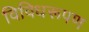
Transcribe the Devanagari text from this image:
विविधरूपण